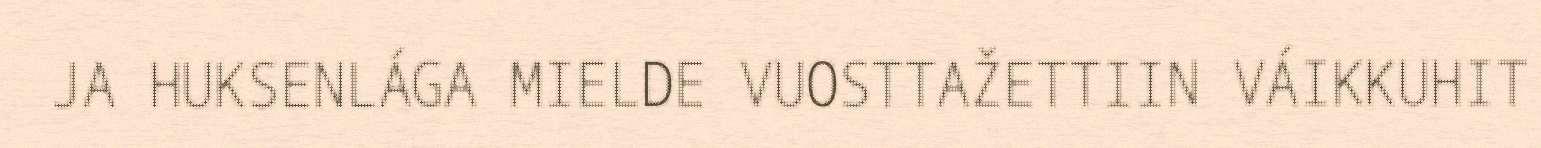
JA HUKSENLÁGA MIELDE VUOSTTAŽETTIIN VÁIKKUHIT